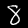
Label: 8